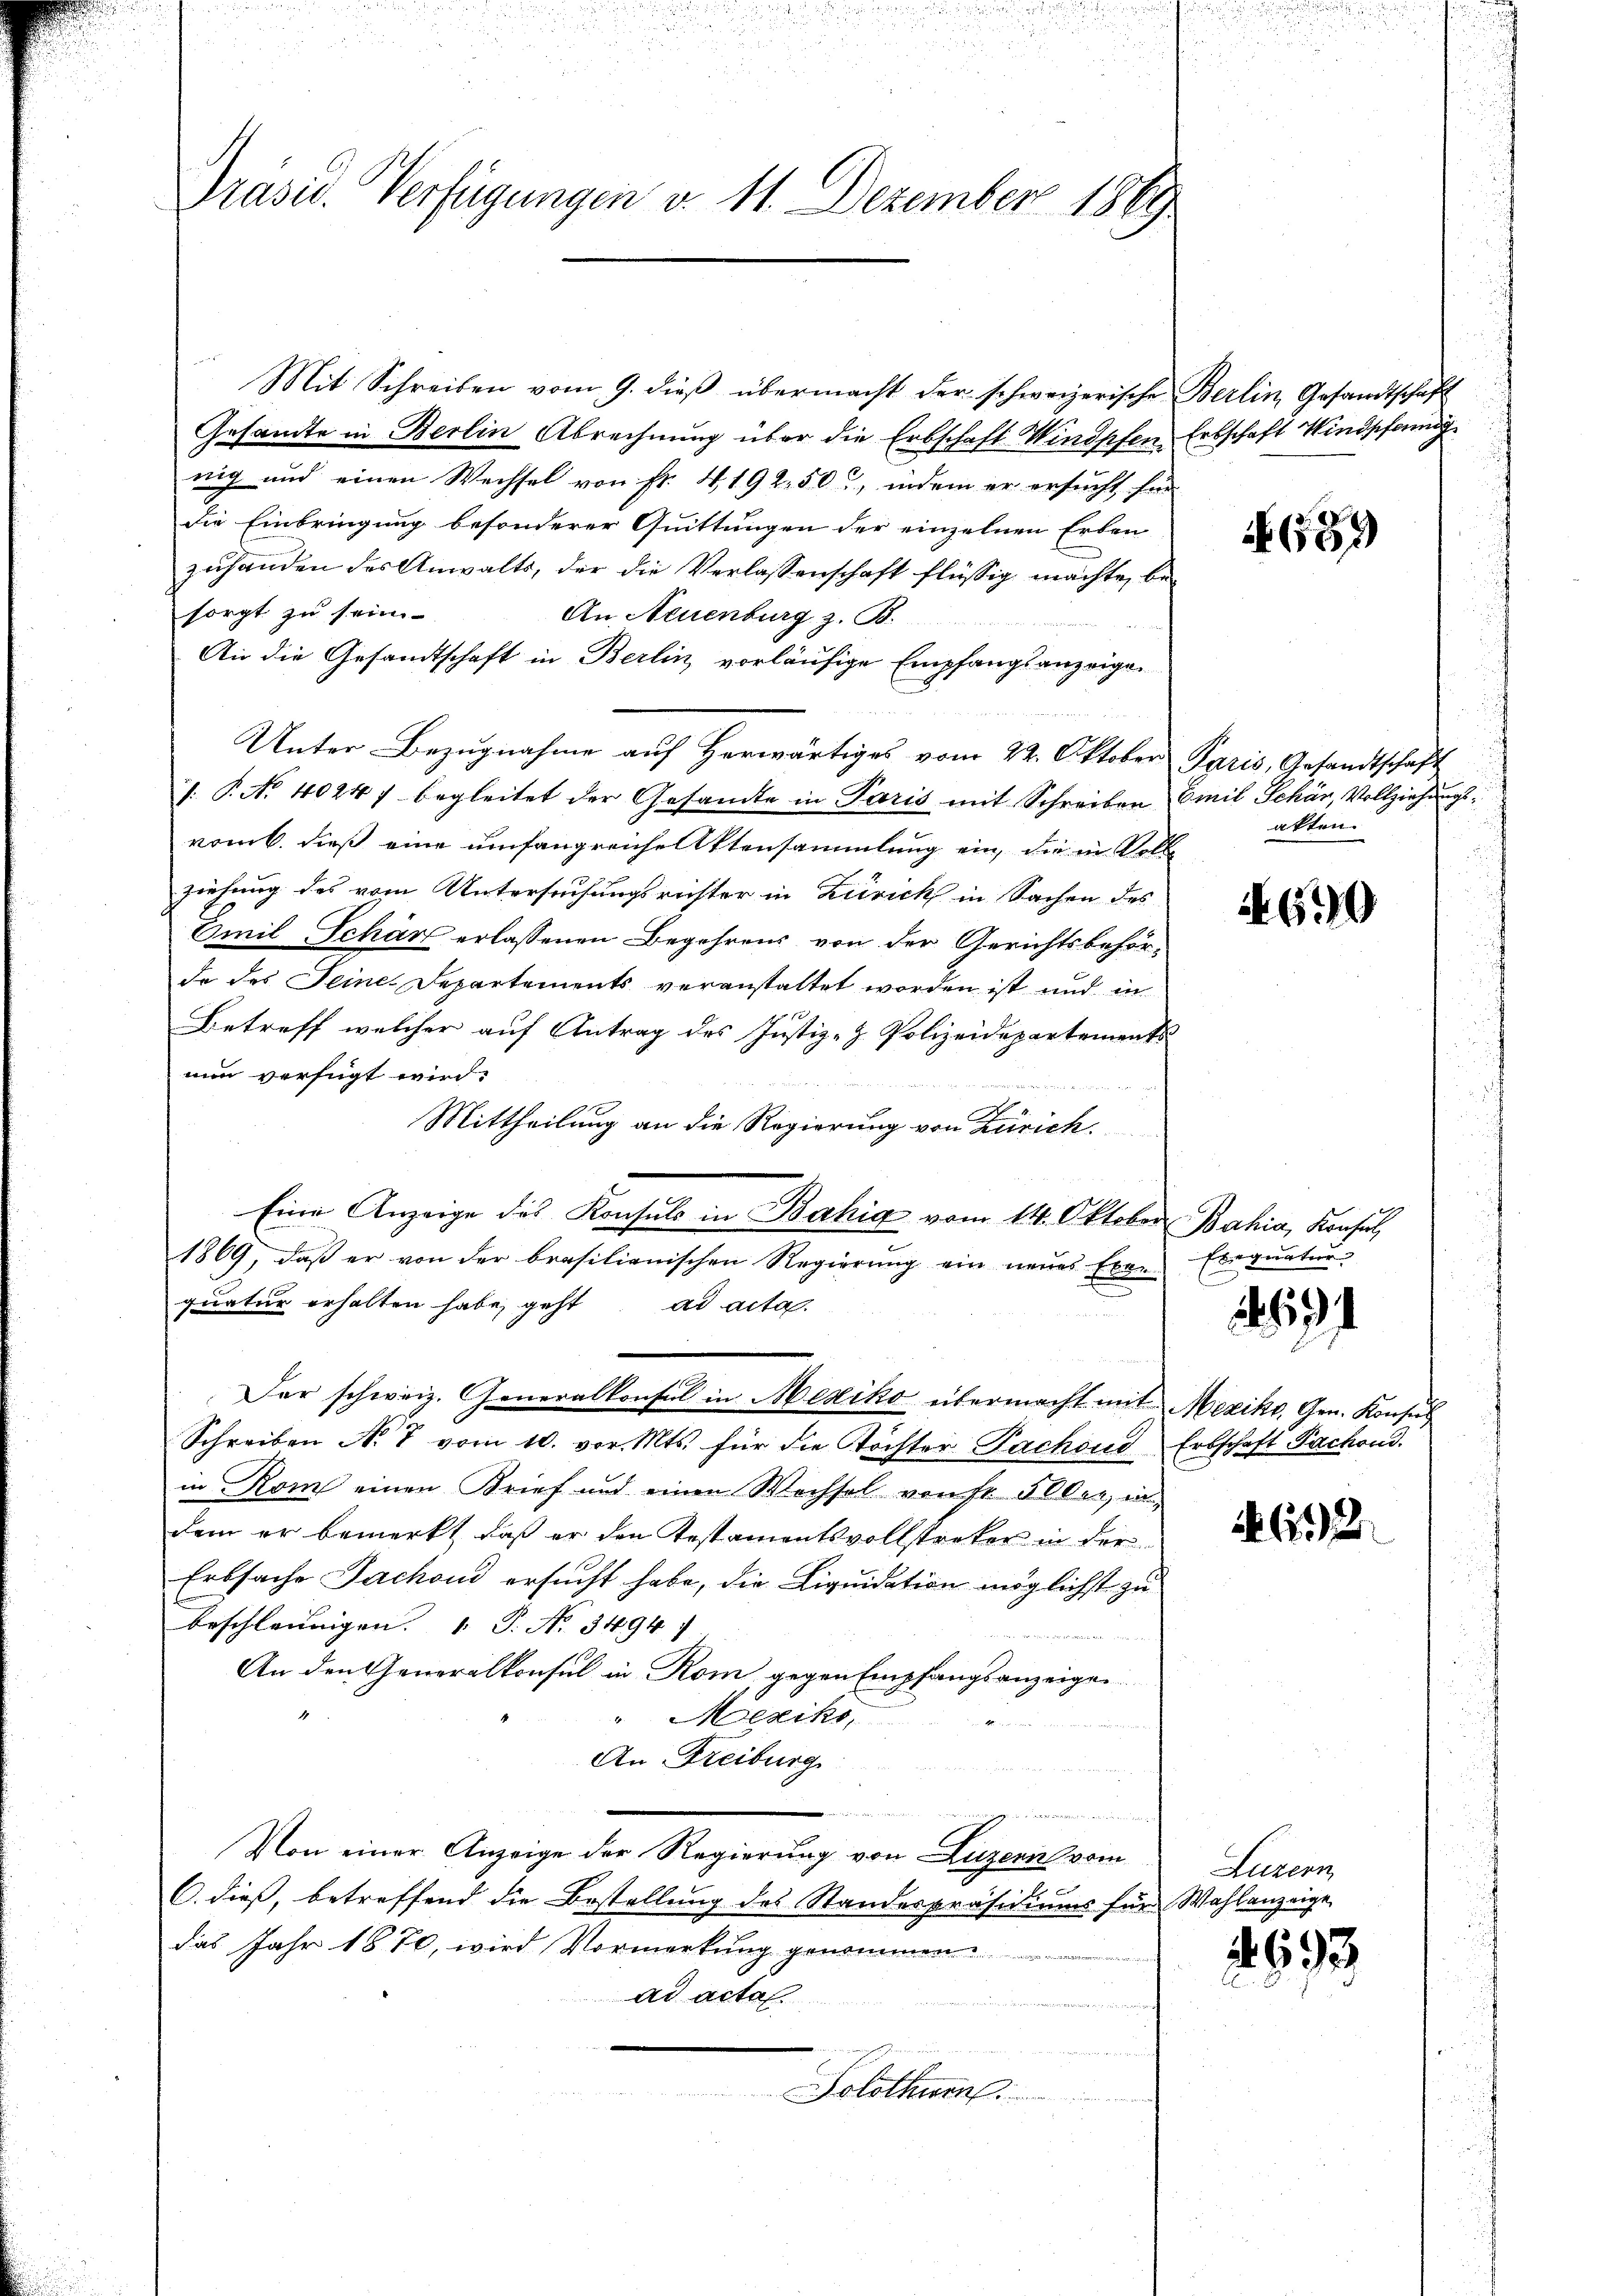
Präsid. Verfügungen d. 11. Dezember 1889

Mit Schreiben vom 9. dieß übermacht der schweizerische Berlin Gesandtschaft
Gesamte in Berlin Abrechnung über die Erbschaft Windpfen Erbschaft Windpfang
nig und einen Wechsel von Fr. 4192. 50, indem er ersucht für
die Einbringung besonderer Quittungen der einzelnen Erben
zuhanden des Anwalts, der die Verlassenschaft flüssig machte, besorgt zu sein.
An, Neuenburg z. B.
An die Gesandtschaft in Berlin, vorläufige Empfangsanzeigen
Unter Bezugnahme auf herwärtiges vom 22. Oktober Paris, Gesandtschaft
1: P. No 4024) begleitet der Gesamte in Paris mit Schreiben Emil Schär, Vollziehungsvom 6. dieß eine umfangreiche Aktensammlung ein, die in Volle
ziehung des vom Untersuchungsrichter in Zürich in Sachen des
Emil Schärz erlassenen Begehrens von der Gerichtsbehörde des Seine Departements veranstaltet worden ist und in
Betreff welcher auf Antrag des Justiz- & Polizeidepartements
nun verfügt wird.
Mittheilung an die Regierung von Zürich.
Eine Anzeige des Konsuls in Bahia vom 14. Oktober Bahia, Konsul,
1869, daβ er von der brasilienischen Regierŭng ein neues Exen Exequatur-
quatur erhalten habe, geht ad acta.
Der schweiz. Generalkonsul in Mexiko übermacht mit Mexiko, Gen. Konsus
Schreiben No 7 vom 10. vor. Mts. für die Töchter Pachend Erbschaft Fachend.
in Rom einen Brief und einen Wechsel von Fr. 5000, in
dem er bemerkt, daß er den Testamentsvollstreker in der
Erbsache Jackond ersucht habe, die Liquidation möglichst zu
beschleunigen. P. No. 3494
An den Generalkonsul in Rom gegen Empfangsanzeigen
"Mexiko
An Freiburg
n
Von einer Anzeige der Regierung von Luzern vom
6. dieß, betreffend die Bestellung des Standespräsidiums für Wahlanzeige
das Jahr 1870, wird Vormerkung genommen
ad acta.
Solothurn

689

akten.

2690

19

62

Luzern

1693